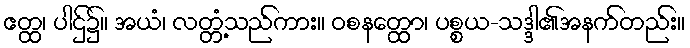
ဧတ္ထ၊ ပါဌ်၌။ အယံ၊ လတ္တံ့သည်ကား။ ဝစနတ္ထော၊ ပစ္စယ-သဒ္ဒါ၏အနက်တည်း။